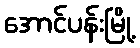
အောင်ပန်းမြို့